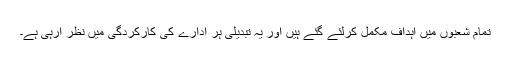
تمام شعبوں میں اہداف مکمل کرلئے گئے ہیں اور یہ تبدیلی ہر ادارے کی کارکردگی میں نظر آرہی ہے۔